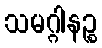
သမဂ္ဂါနဉ္စ